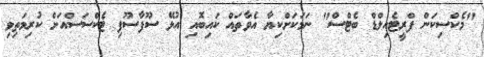
"މެކްސިކަން ފްރީޓެއިލްޑް ބެޓްސް" ނަމަކަށްކިޔާ އެވާތައް ކައިބޮއި އުޅޭ ސޫފާސޫފި ޓެކްސަސްއަށް ކުރިމަތިވި